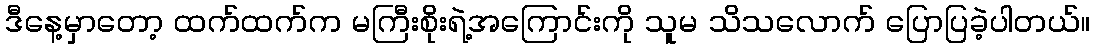
ဒီနေ့မှာတော့ ထက်ထက်က မကြီးစိုးရဲ့အကြောင်းကို သူမ သိသလောက် ပြောပြခဲ့ပါတယ်။